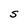
Character: S